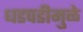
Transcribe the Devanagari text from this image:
धडपडीमुळे